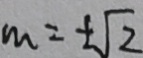
m = \pm \sqrt { 2 }